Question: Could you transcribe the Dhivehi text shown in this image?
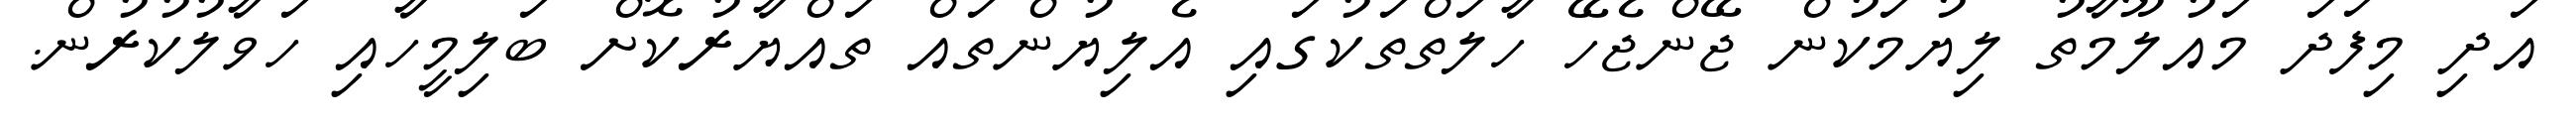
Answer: އަދި މިފަދަ މައުލޫމާތު ލިޔުމަކުން ޖޭންޖެހޭ ހާލަތްތަކުގައި އެލިޔުންތައް ތައްޔާރުކޮށް ބަލިމީހާއި ހަވާލުކުރުން.